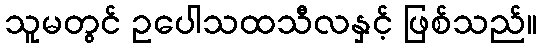
သူမတွင် ဥပေါသထသီလနှင့် ဖြစ်သည်။